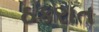
ઠકરાત